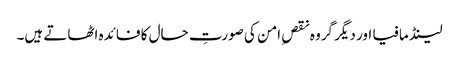
لینڈ مافیا اور دیگر گروہ نقصِ امن کی صورتِ حال کا فائدہ اٹھاتے ہیں۔